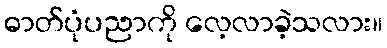
ဓာတ်ပုံပညာကို လေ့လာခဲ့သလား။